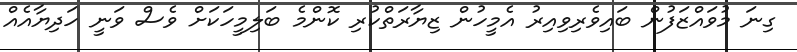
ގިނަ މުވައްޒަފުން ބައިވެރިވިއިރު އެމީހުން ޒިޔާރަތްކުރި ކޮންމެ ބަލިމީހަކަށް ވެސް ވަނީ ހަދިޔާއެއް